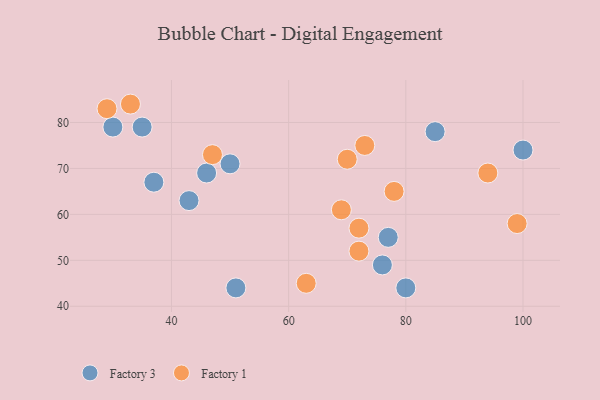
{"axis": {"x": "GDP", "y": "Life Expectancy"}, "legend": ["Factory 1", "Factory 3"], "data": [{"x": "30", "y": 79, "type": "Factory 3"}, {"x": "50", "y": 71, "type": "Factory 3"}, {"x": "46", "y": 69, "type": "Factory 3"}, {"x": "76", "y": 49, "type": "Factory 3"}, {"x": "85", "y": 78, "type": "Factory 3"}, {"x": "51", "y": 44, "type": "Factory 3"}, {"x": "100", "y": 74, "type": "Factory 3"}, {"x": "80", "y": 44, "type": "Factory 3"}, {"x": "35", "y": 79, "type": "Factory 3"}, {"x": "77", "y": 55, "type": "Factory 3"}, {"x": "37", "y": 67, "type": "Factory 3"}, {"x": "43", "y": 63, "type": "Factory 3"}, {"x": "63", "y": 45, "type": "Factory 1"}, {"x": "72", "y": 52, "type": "Factory 1"}, {"x": "73", "y": 75, "type": "Factory 1"}, {"x": "78", "y": 65, "type": "Factory 1"}, {"x": "47", "y": 73, "type": "Factory 1"}, {"x": "33", "y": 84, "type": "Factory 1"}, {"x": "72", "y": 57, "type": "Factory 1"}, {"x": "69", "y": 61, "type": "Factory 1"}, {"x": "94", "y": 69, "type": "Factory 1"}, {"x": "70", "y": 72, "type": "Factory 1"}, {"x": "99", "y": 58, "type": "Factory 1"}, {"x": "29", "y": 83, "type": "Factory 1"}]}